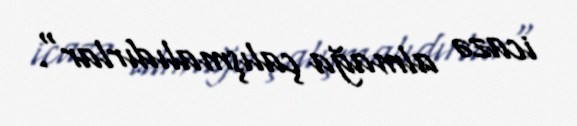
icazə almağa çalışmalıdırlar".